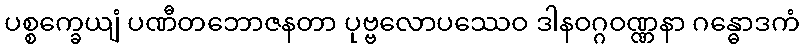
ပစ္စက္ခေယျံ ပဏီတဘောဇနတာ ပုဗ္ဗလောပဿေဝ ဒါနဝဂ္ဂဝဏ္ဏနာ ဂန္ဓောဒကံ